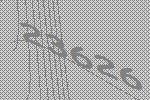
23626